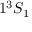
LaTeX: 1 ^ { 3 } S _ { 1 }